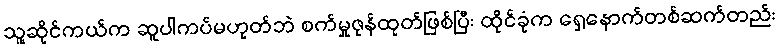
သူ့ဆိုင်ကယ်က ဆူပါကပ်မဟုတ်ဘဲ စက်မှုဇုန်ထုတ်ဖြစ်ပြီး ထိုင်ခုံက ရှေ့နောက်တစ်ဆက်တည်း